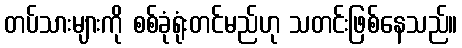
တပ်သားများကို စစ်ခုံရုံးတင်မည်ဟု သတင်းဖြစ်နေသည်။